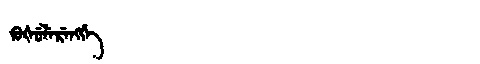
Manchu: ᡴᡠᡧᡠᠯᡝᡵᡝᠩᡤᡝ
Romanization: KUŠULERENGGE